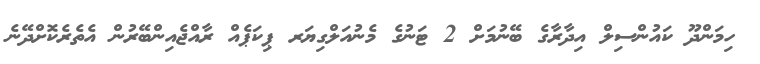
ހިމަންދޫ ކައުންސިލް އިދާރާގެ ބޭނުމަށް 2 ޓަނުގެ މެނުއަލްގިޔަރ ޕިކަޕެއް ރާއްޖެއިންބޭރުން އެތެރެކޮށްދޭނެ